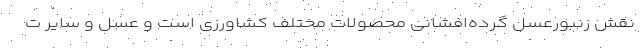
نقش زنبورعسل گرده‌افشانی محصولات مختلف کشاورزی است و عسل و سایر ت